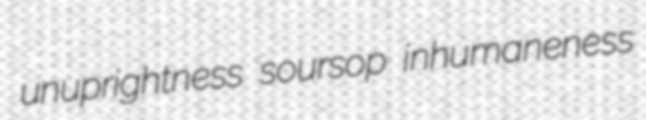
unuprightness soursop inhumaneness